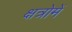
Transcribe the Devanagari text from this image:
क्षत्रोमें